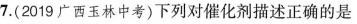
7.(2019广西玉林中考)下列对催化剂描述正确的是